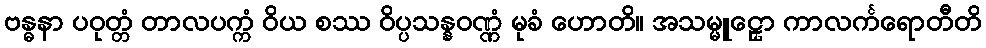
ဗန္ဓနာ ပဝုတ္တံ တာလပက္ကံ ဝိယ စဿ ဝိပ္ပသန္နဝဏ္ဏံ မုခံ ဟောတိ။ အသမ္မူဠှော ကာလင်္ကရောတီတိ